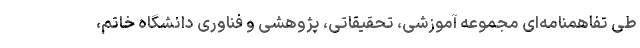
طی تفاهمنامه‌ای مجموعه آموزشی، تحقیقاتی، پژوهشی و فناوری دانشگاه خاتم،